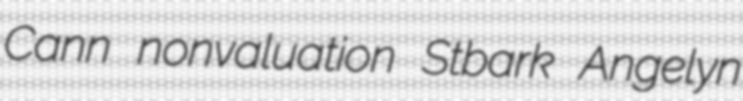
Cann nonvaluation Stbark Angelyn